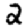
Digit: 2